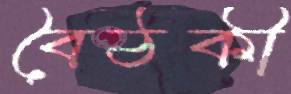
বৈঠকী